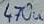
Text: 470u